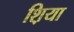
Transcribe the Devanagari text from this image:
श़िया